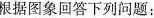
根据图象回答下列问题：